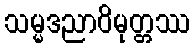
သမ္မဒညာဝိမုတ္တဿ